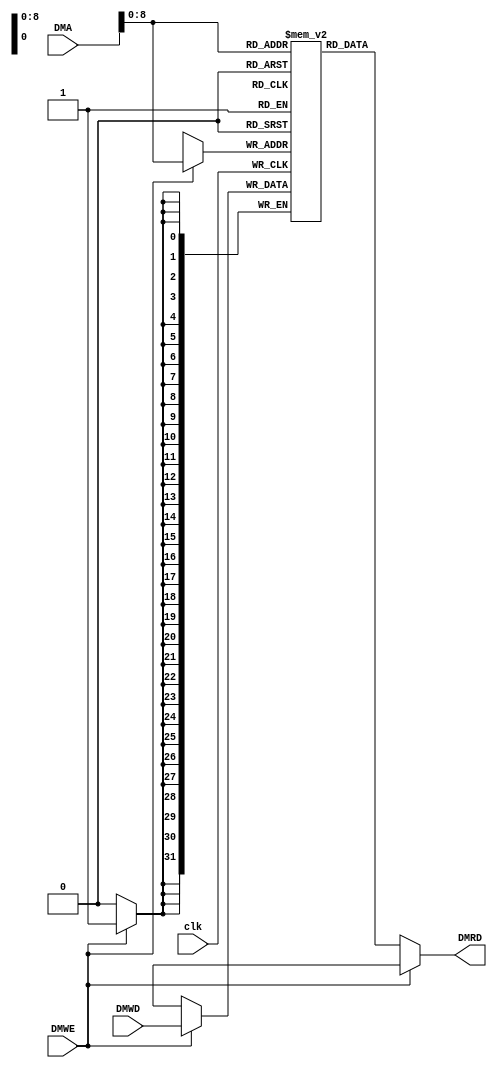
`timescale 1ns / 1ps

module DM(
    input clk,
    input DMWE, // Data Memory Write Enable
    input [31:0] DMA, // Data Memory Address
    input [31:0] DMWD, // Data Memory Write Data
    output [31:0] DMRD // Data Memory Read Data
    );
        
    reg [31:0] Memory [400:0]; // 32-bit memory
    
    initial begin
        Memory[0] <= 17; // h'00000011
        Memory[1] <= 31; // h'00000000
        Memory[2] <= -5; // h'00000000
        Memory[3] <= -2; // h'00000000
        Memory[4] <= 250; // h'00000000      
    end
    
    assign DMRD = (!DMWE) ? Memory[DMA] : 32'bX; // If data memory write not enabled, write memory to register, else don't care
    
    always @(posedge clk) begin
        if (DMWE) begin // If write is enabled
            Memory[DMA] <= DMWD; // Write data DMWD onto address DMA 
        end
    end
endmodule